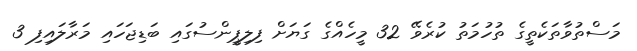
މަސްތުވާތަކެތީގެ ތުހުމަތު ކުރެވޭ 32 މީހެއްގެ ގަޔަށް ފިލިޕީންސުގައި ބަޑިޖަހައި މަރާލައިފި 3